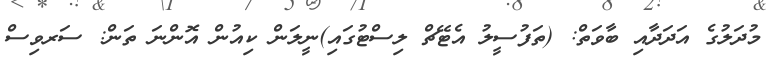
މުދަލުގެ އަދަދާއި ބާވަތް: (ތަފުސީލު އެޓޭޗް ލިސްޓުގައި)ނީލަން ކިއުން އޮންނަ ތަން: ސަރވިސް